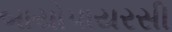
બાયોપાયરસી